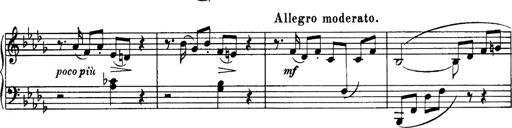
Title: 3 Sonatinas, Op.67
Composer: Jean Sibelius